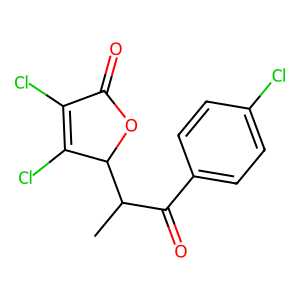
SMILES: CC(C(=O)c1ccc(Cl)cc1)C1OC(=O)C(Cl)=C1Cl
Inhibits HIV replication: No